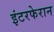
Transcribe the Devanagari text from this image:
इंटरफेरान